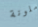
ملونة